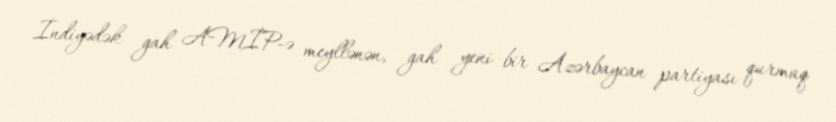
İndiyədək gah AMİP-ə meyllənən, gah yeni bir Azərbaycan partiyası qurmaq